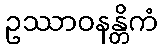
ဥဿာဝနန္တိကံ